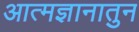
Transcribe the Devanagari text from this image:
आत्मज्ञानातुन